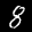
Label: 8